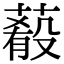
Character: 𦺔